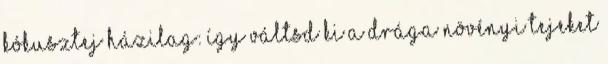
Kókusztej házilag: így váltsd ki a drága növényi tejeket